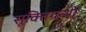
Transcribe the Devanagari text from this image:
सूक्तिग्रन्थों